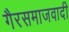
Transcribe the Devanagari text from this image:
गैरसमाजवादी